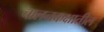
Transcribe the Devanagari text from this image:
चालनकक्षातील